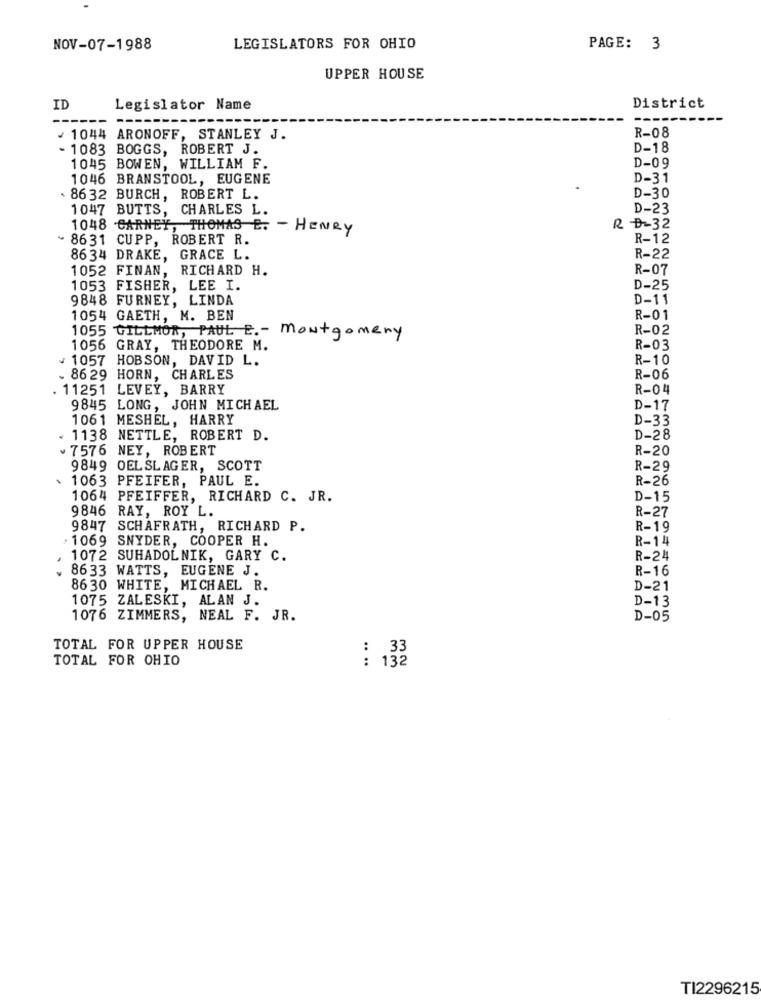
NOV-07-1988
LEGISLATORS FOR OHIO
PAGE: 3
UPPER HOUSE
ID
Legislator Name
District
R-08
/ 1044 ARONOFF, STANLEY J.
- 1083 BOGGS, ROBERT J.
D-18
1045 BOWEN, WILLIAM F.
D-09
1046 BRANSTOOL, EUGENE
D-31
. 8632 BURCH, ROBERT L.
D-30
1047 BUTTS, CHARLES L.
D-23
1048 CARNEY, THOMAS E. - HENRY
R D~32
+ 8631 CUPP, ROBERT R.
R-12
8634 DRAKE, GRACE L.
R-22
1052 FINAN, RICHARD H.
R-07
1053 FISHER, LEE I.
D-25
9848 FURNEY, LINDA
D-11
1054 GAETH, M. BEN
R-01
R-02
1055 GILLMOR, PAUL E. - Montgomery
1056 GRAY, THEODORE M.
R-03
1057 HOBSON, DAVID L.
R-10
. 86 29 HORN, CHARLES
R-06
11251 LEVEY, BARRY
R-04
9845 LONG, JOHN MICHAEL
D-17
1061 MESHEL, HARRY
D-33
« 1138 NETTLE, ROBERT D.
D-28
. 7576 NEY, ROBERT
R-20
9849 OEL SLAGER, SCOTT
R-29
\ 1063 PFEIFER, PAUL E.
R-26
1064 PFEIFFER, RICHARD C. JR.
D-15
9846 RAY, ROY L.
R-27
9847 SCHAFRATH, RICHARD P.
R-19
1069 SNYDER, COOPER H.
R-14
1072 SUHADOL NIK, GARY C.
R-24
8633 WATTS, EUGENE J.
R-16
8630 WHITE, MICHAEL R.
D-21
1075 ZALESKI, ALAN J.
D-13
1076 ZIMMERS, NEAL F. JR.
D-05
TOTAL FOR UPPER HOUSE
TOTAL FOR OHIO
: 132
....
TI2296215